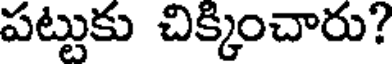
పట్టుకు చిక్కించారు?